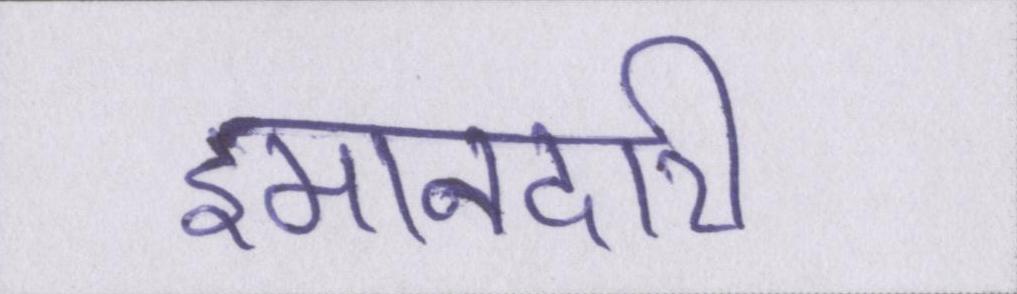
इमानदारी